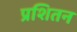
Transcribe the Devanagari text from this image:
प्रशितन